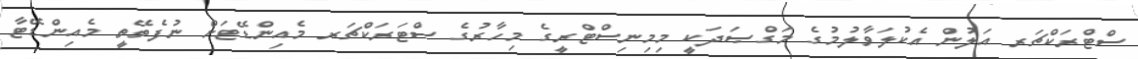
ސްޓްރަކްޗަރ އަލުން އެކުލަވާލުމުގެ މަގްޞަދަކީ މިމިނިސްޓްރީގެ މިހާރުގެ ސްޓަރަކްޗަރ މެއިންޑޭޓަށް ނުފެތޭތީ މެއިންޑޭޓާ